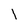
Character: I